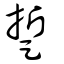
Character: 踅